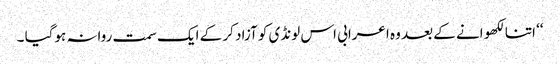
‘‘ اتنا لکھو انے کے بعد وہ اعرابی اس لونڈی کو آزاد کر کے ایک سمت روانہ ہوگیا ۔